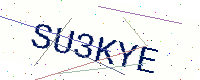
Text: SU3KYE